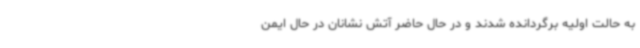
به حالت اولیه برگردانده شدند و در حال حاضر آتش نشانان در حال ایمن